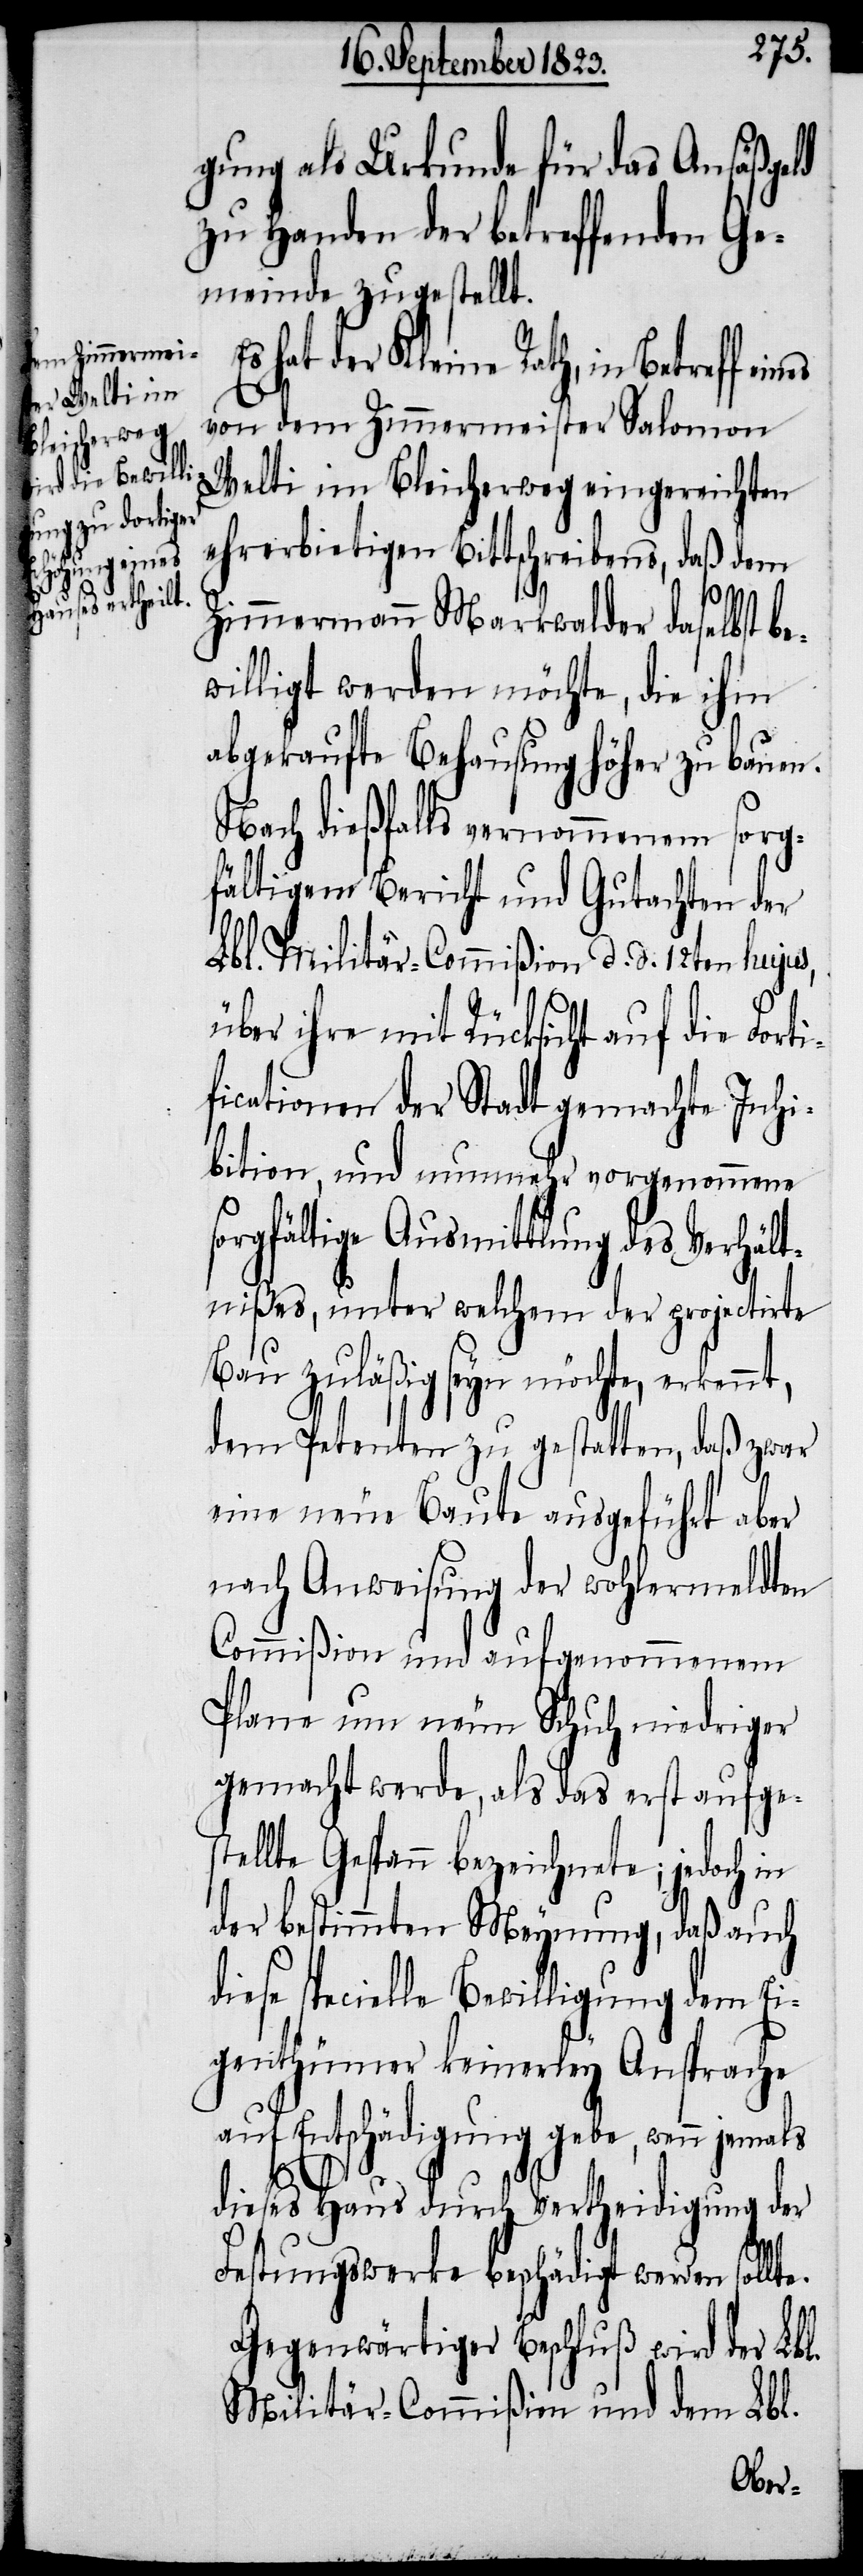
gung als Urkunde für das Ansäßgeld
zu Handen der betreffenden Ge¬
meinde zugestellt.
hat der Kleine Rath, in Betreff ei¬
von dem Zimmermeister Salomon
Welti im Bleicherweg eingereichten
ehrerbietigen Bittschreibens, daß dem
te.
Zimmermann Markwalder daselbst be¬
willigt werden möchte, die ihm
abgekaufte Behausung höher zu bauen.
Nach dießfalls vernommenem sorg¬
fältigem Bericht und Gutachten der
Lbl. Militär-Commißion d. d. 12ten hujus,
über ihre mit Rücksicht auf die Fort¬
ificationen der Stadt vorgenommene
sorgfältige Ausmittlung des Verhält¬
nißes, unter welchem der projectirte
Bau zuläßig seyn möchte, erkennt,
dem Petenten zu gestatten, daß zwar
eine neue Baute ausgeführt aber
nach Anweisung der wohlermeldten
Commißion und aufgenommenem
Plane um neun Schuh niedriger
gemacht werde, als das erst aufges¬
tellte Gespann bezeichnete; jedoch in
der bestimmten Meynung, daß auch
diese specielle Bewilligung dem Ei¬
genthümer keinerley Ansprache
auf Entschädigung gebe, wenn jemals
dieses Haus durch Vertheidigung der
Festungswerke beschädigt werden soll¬
Gegenwärtiger Beschluß wird der Lbl.
Militär-Commißion und dem Lbl.